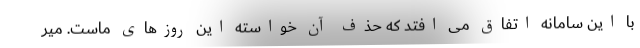
با این سامانه اتفاق می افتد که حذف آن خواسته این روزهای ماست. میر